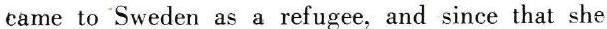
came to Sweden as a refugee, and since that she